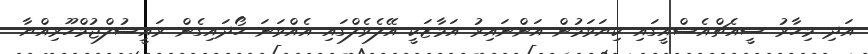
އަދި މިހާރު ސީއެޗްއެސްއީގައި ކިޔަވަމުން އަންނައިރު އަމާޒަކީ އޭލެވެލްގައި އެއްވަނަ ހޯދައިގެން ރައީސުލްޖުމްހޫރިއްޔާ